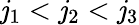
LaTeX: \mathit{j}_{1}<\mathit{j}_{2}<\mathit{j}_{3}